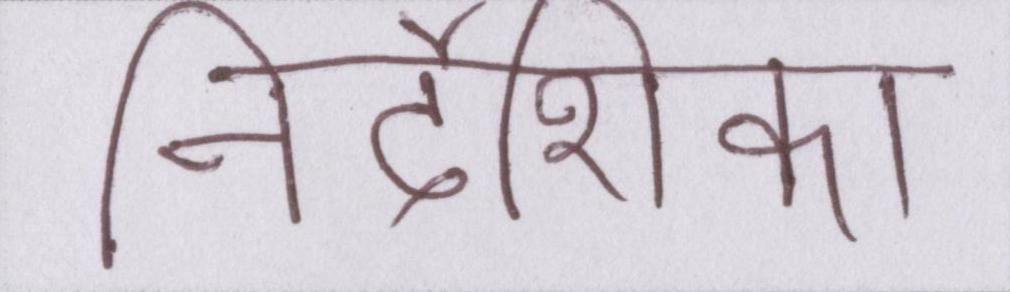
निर्देशिका